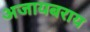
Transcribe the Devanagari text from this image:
अजायबराय